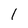
Character: 1